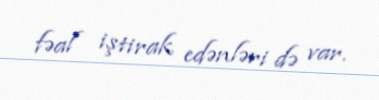
fəal iştirak edənləri də var.